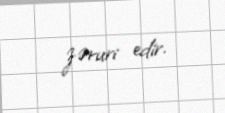
zəruri edir.